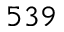
5 3 9